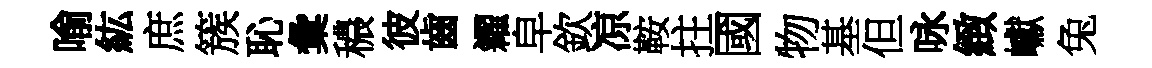
喻紘庶簇恥彙穠彼齒糴皁欽凉鞍拄國物基但咏緻巘兔